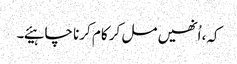
کہ، اُنھیں مل کر کام کرنا چاہیئے۔